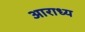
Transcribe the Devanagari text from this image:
अाराध्य